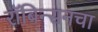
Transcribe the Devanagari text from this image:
रॉबिन्सनचा